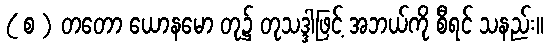
( စ ) တတော ယောနမော တု၌ တုသဒ္ဒါဖြင့် အဘယ်ကို စီရင် သနည်း။